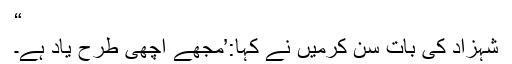
“
شہزاد کی بات سن کرمیں نے کہا:’مجھے اچھی طرح یاد ہے۔